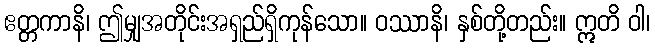
ဧတ္တကာနိ၊ ဤမျှအတိုင်းအရှည်ရှိကုန်သော။ ဝဿာနိ၊ နှစ်တို့တည်း။ ဣတိ ဝါ၊